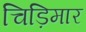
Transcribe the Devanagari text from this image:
चिड़िमार